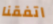
اتفقنا